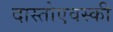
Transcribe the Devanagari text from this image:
दास्तोएवस्की